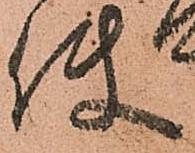
使